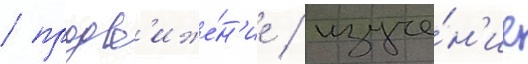
/ продв'иже́н'ие / изуче́н'ие